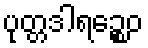
ပုတ္တဒါရဉ္စေဝ